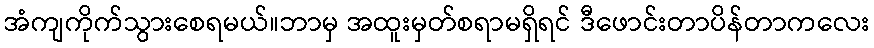
အံကျကိုက်သွားစေရမယ်။ဘာမှ အထူးမှတ်စရာမရှိရင် ဒီဖောင်းတာပိန်တာကလေး